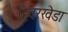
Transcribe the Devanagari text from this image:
हिवरखेडा